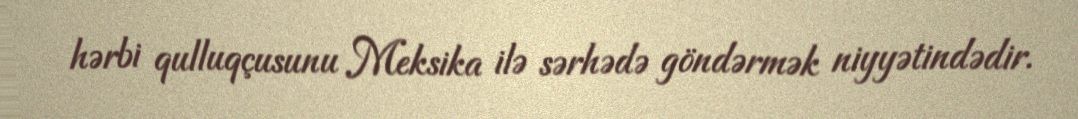
hərbi qulluqçusunu Meksika ilə sərhədə göndərmək niyyətindədir.